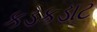
કડકડાટ